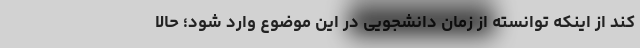
کند از اینکه توانسته از زمان دانشجویی در این موضوع وارد شود؛ حالا